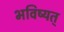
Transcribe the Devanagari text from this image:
भविष्यत्‌